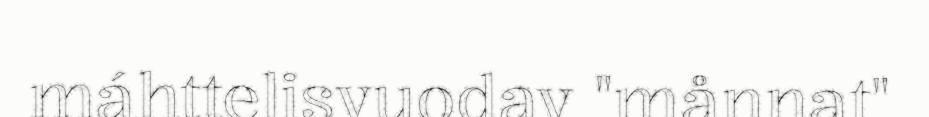
máhttelisvuodav "månnat"